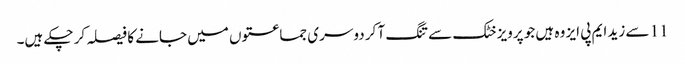
11 سے زید ایم پی ایز وہ ہیں جو پرویز خٹک سے تنگ آ کر دوسری جماعتوں میں جانے کا فیصلہ کر چکے ہیں۔